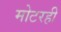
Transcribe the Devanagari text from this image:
मोटरही